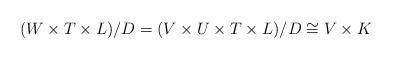
LaTeX: \begin{align*}(W\times T\times L)/D=(V\times U\times T\times L)/D\cong V\times K\end{align*}